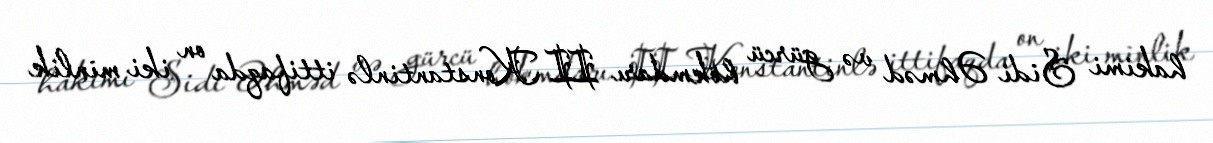
hakimi Sidi Əhməd və gürcü hökmdarı II Konstantinlə ittifaqda on iki minlik